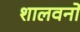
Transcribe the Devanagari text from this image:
शालवनों